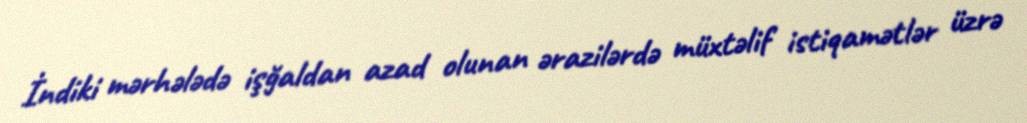
İndiki mərhələdə işğaldan azad olunan ərazilərdə müxtəlif istiqamətlər üzrə